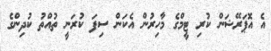
އެ އޮޕަރޭޝަން ކުރި ޓީމްގެ މާހިރުން އެކަން ސިފަ ކުރަނީ ތުއްތު ކުދިންގެ